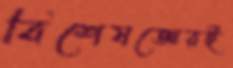
বিশেষজ্ঞেরই